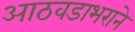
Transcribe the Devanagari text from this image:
आठवडाभराने